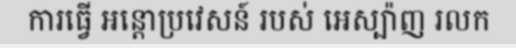
ការធ្វើ អន្តោប្រវេសន៍ របស់ អេស្ប៉ាញ រលក